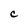
Character: C